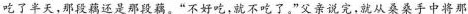
吃了半天，那段藕还是那段藕。”不好吃，就不吃了。”父亲说完，就从桑桑手中将那